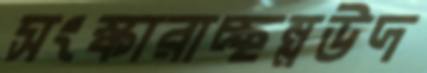
সংস্কারাচ্ছন্নউদ